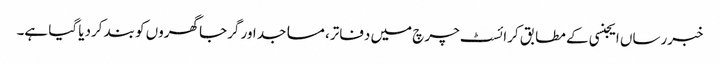
خبررساں ایجنسی کے مطابق کرائسٹ چرچ میں دفاتر، مساجد اور گرجا گھروں کو بند کردیا گیا ہے۔